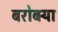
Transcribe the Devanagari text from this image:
बरोबर्‍या